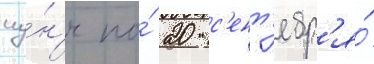
иу́н'я по́ 20 с'ент'ябр'я́